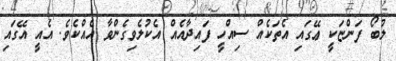
ލުބޯ ފަންޏަކީ ޢޭގައި އެތަކެއް ސިއްހީ ފައިދާއެއް އެކުލެވިގެންވާ އެއްކެވެ. އެއީ އޭގައި